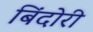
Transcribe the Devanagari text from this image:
बिंदोरी